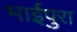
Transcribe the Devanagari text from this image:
भाईपुरा